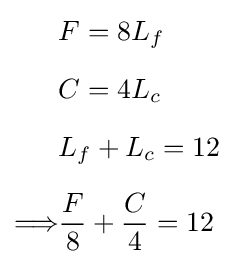
{\begin{aligned}&F=8L_{f}\\[6pt]&C=4L_{c}\\[6pt]&L_{f}+L_{c}=12\\[6pt]\Longrightarrow &{\frac {F}{8}}+{\frac {C}{4}}=12\end{aligned}}